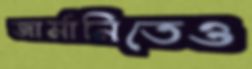
জার্মানিতেও